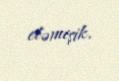
eləmişik.